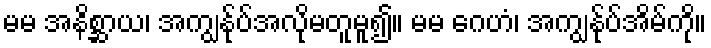
မမ အနိစ္ဆာယ၊ အကျွန်ုပ်အလိုမတူမူ၍။ မမ ဂေဟံ၊ အကျွန်ုပ်အိမ်ကို။